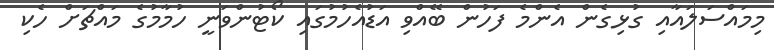
މިމައްސަލައާއި ގުޅިގެން އެންމެ ފަހުން ބޭއްވި އަޑުއެހުމުގައި ކޯޓުންވަނީ ހުމާމުގެ މައްޗަށް ހެކި